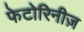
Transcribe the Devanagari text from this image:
फेटोरिनीज़